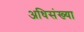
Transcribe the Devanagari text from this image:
अधिसंख्या